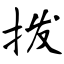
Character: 拨